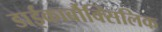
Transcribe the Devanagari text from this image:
डाईकार्बौक्सिलिक